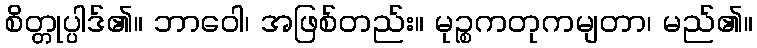
စိတ္တုပ္ပါဒ်၏။ ဘာဝေါ၊ အဖြစ်တည်း။ မုဉ္စကတုကမျတာ၊ မည်၏။